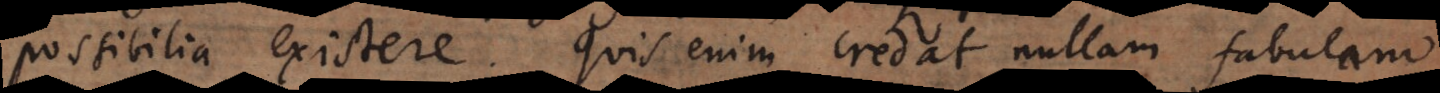
possibilia existere. Quis enim credat nullam fabulam